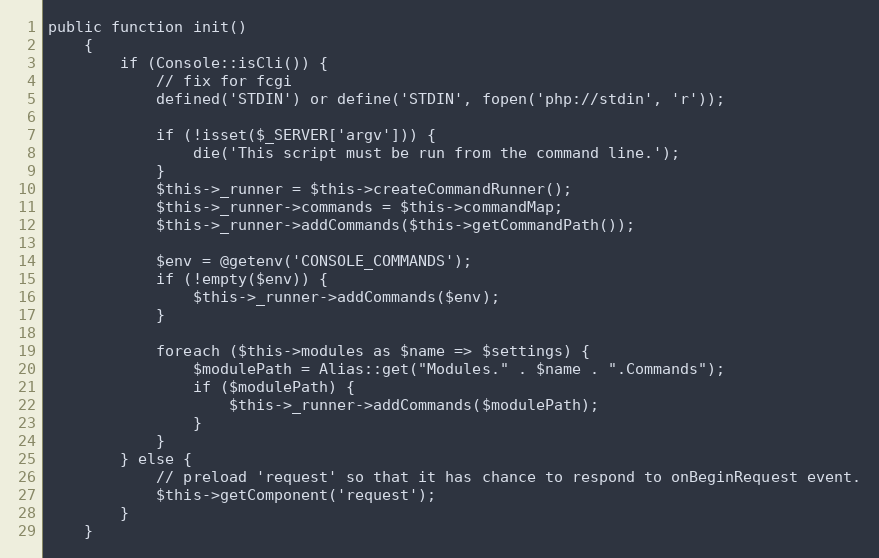
Language: PHP
public function init()
    {
        if (Console::isCli()) {
            // fix for fcgi
            defined('STDIN') or define('STDIN', fopen('php://stdin', 'r'));

            if (!isset($_SERVER['argv'])) {
                die('This script must be run from the command line.');
            }
            $this->_runner = $this->createCommandRunner();
            $this->_runner->commands = $this->commandMap;
            $this->_runner->addCommands($this->getCommandPath());

            $env = @getenv('CONSOLE_COMMANDS');
            if (!empty($env)) {
                $this->_runner->addCommands($env);
            }

            foreach ($this->modules as $name => $settings) {
                $modulePath = Alias::get("Modules." . $name . ".Commands");
                if ($modulePath) {
                    $this->_runner->addCommands($modulePath);
                }
            }
        } else {
            // preload 'request' so that it has chance to respond to onBeginRequest event.
            $this->getComponent('request');
        }
    }